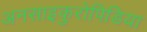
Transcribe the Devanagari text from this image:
अनसाइकुरोपिडिया